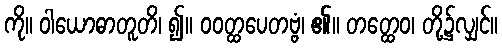
ကို။ ဝါယောဓာတူတိ၊ ၍။ ဝဝတ္ထပေတဗ္ဗံ၊ ၏။ တတ္ထေဝ၊ တို့၌လျှင်။